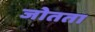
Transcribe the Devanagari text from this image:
जोतता